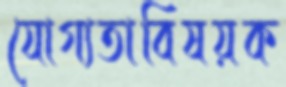
যোগ্যতাবিষয়ক